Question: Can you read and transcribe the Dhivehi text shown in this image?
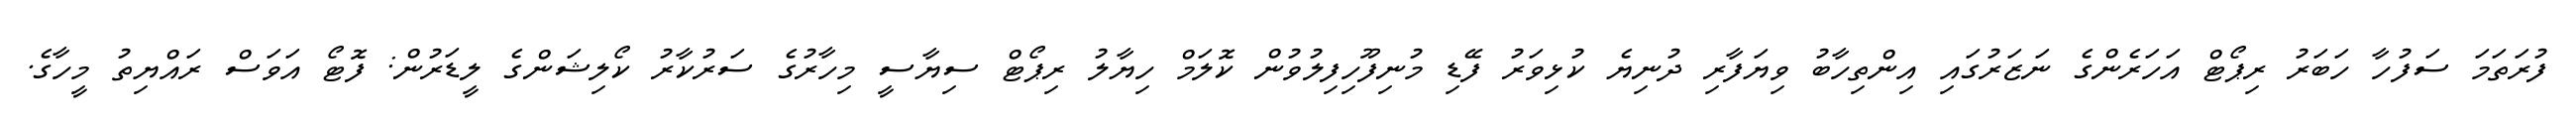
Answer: ފުރަތަމަ ސަފުހާ ހަބަރު ރިޕޯޓް އަހަރެންގެ ނަޒަރުގައި އިންތިހާބު ވިޔަފާރި ދުނިޔެ ކުޅިވަރު ފޭޑި މުނިފޫހިފިލުވުން ކޮލަމް ހިޔާލު ރިޕޯޓް ސިޔާސީ މިހާރުގެ ސަރުކާރު ކޯލިޝަންގެ ލީޑަރުން: ފޮޓޯ އަވަސް ރައްޔިތު މީހާގެ.